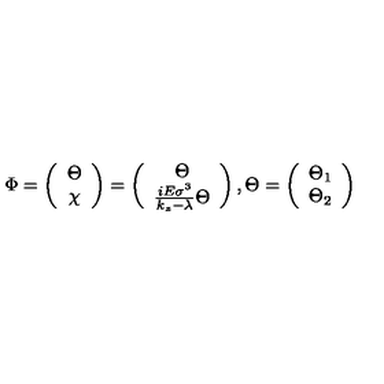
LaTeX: \Phi = \left( \begin{array} { c } { \Theta } \\ { \chi } \\ \end{array} \right) = \left( \begin{array} { c } { \Theta } \\ { \frac { i E \sigma ^ { 3 } } { k _ { z } - \lambda } \Theta } \\ \end{array} \right) , \Theta = \left( \begin{array} { c } { \Theta _ { 1 } } \\ { \Theta _ { 2 } } \\ \end{array} \right)